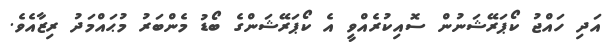
އަދި ހައްޖު ކޯޕަރޭޝަނުން ސޮއިކުރެއްވީ އެ ކޯޕަރޭޝަންގެ ބޯޑު މެންބަރު މުޙައްމަދު ރިޒާއެވެ.